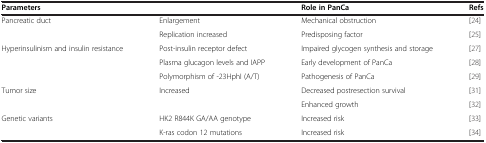
<table><thead><tr><td colspan="2"><b>Parameters</b></td><td><b>Role in PanCa</b></td><td><b>Refs</b></td></tr></thead><tbody><tr><td>Pancreatic duct</td><td>Enlargement</td><td>Mechanical obstruction</td><td>[24]</td></tr><tr><td> </td><td>Replication increased</td><td>Predisposing factor</td><td>[25]</td></tr><tr><td>Hyperinsulinism and insulin resistance</td><td>Post-insulin receptor defect</td><td>Impaired glycogen synthesis and storage</td><td>[27]</td></tr><tr><td> </td><td>Plasma glucagon levels and IAPP</td><td>Early development of PanCa</td><td>[28]</td></tr><tr><td> </td><td>Polymorphism of -23HphI (A/T)</td><td>Pathogenesis of PanCa</td><td>[29]</td></tr><tr><td>Tumor size</td><td>Increased</td><td>Decreased postresection survival</td><td>[31]</td></tr><tr><td> </td><td> </td><td>Enhanced growth</td><td>[32]</td></tr><tr><td>Genetic variants</td><td>HK2 R844K GA/AA genotype</td><td>Increased risk</td><td>[33]</td></tr><tr><td> </td><td>K-ras codon 12 mutations</td><td>Increased risk</td><td>[34]</td></tr></tbody></table>